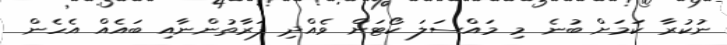
ނުކުރާ ކަމަށް ބުނެ މި މައްސަލަ ކޯޓަށް ވެއްދި ފަރާތުންނާއި ބައެއް އެހެން